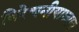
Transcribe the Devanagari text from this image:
विरेचनीयाध्याय